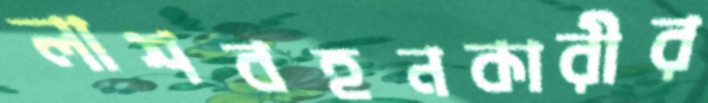
লাশবহনকারীর